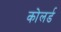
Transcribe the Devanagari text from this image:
कोलर्ड